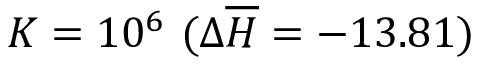
K = 1 0 ^ { 6 } ~ ( \Delta \overline { { H } } = - 1 3 . 8 1 )